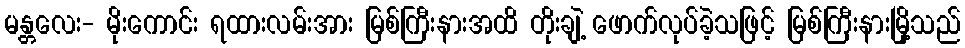
မန္တလေး- မိုးကောင်း ရထားလမ်းအား မြစ်ကြီးနားအထိ တိုးချဲ့ ဖောက်လုပ်ခဲ့သဖြင့် မြစ်ကြီးနားမြို့သည်